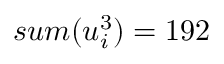
s u m ( u _ { i } ^ { 3 } ) = 1 9 2